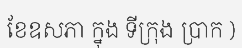
ខែឧសភា ក្នុង ទីក្រុង ប្រាក )